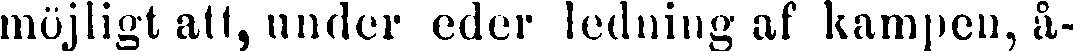
möjligt att, under eder ledning as kampen, å-